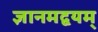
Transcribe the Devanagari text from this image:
ज्ञानमद्वयम्‌